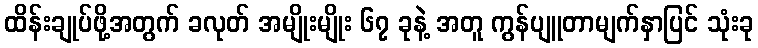
ထိန်းချုပ်ဖို့အတွက် ခလုတ် အမျိုးမျိုး ၆၇ ခုနဲ့ အတူ ကွန်ပျူတာမျက်နှာပြင် သုံးခု